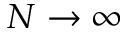
N \to \infty